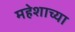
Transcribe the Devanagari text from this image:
महेशाच्या